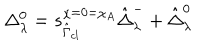
\Delta _ { \lambda } ^ { 0 } = s _ { \hat { \Gamma } _ { c l } } ^ { \chi = 0 = \chi _ { A } } \hat { \Delta } _ { \lambda } ^ { - } + \hat { \Delta } _ { \lambda } ^ { 0 }